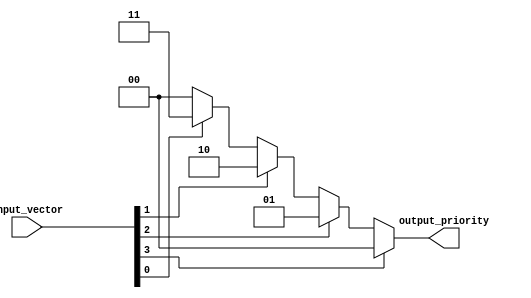
module priority_case_statement(
    input wire [3:0] input_vector,
    output reg [1:0] output_priority
);

always @(input_vector) begin
    if (input_vector[3] == 1) begin
        output_priority = 2'b00;
    end
    else if (input_vector[2] == 1) begin
        output_priority = 2'b01;
    end
    else if (input_vector[1] == 1) begin
        output_priority = 2'b10;
    end
    else if (input_vector[0] == 1) begin
        output_priority = 2'b11;
    end
    else begin
        output_priority = 2'b00; // Default value
    end
end

endmodule